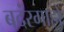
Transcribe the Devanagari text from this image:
बदंरगाहों